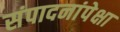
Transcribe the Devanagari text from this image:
संपादनांपेक्षा